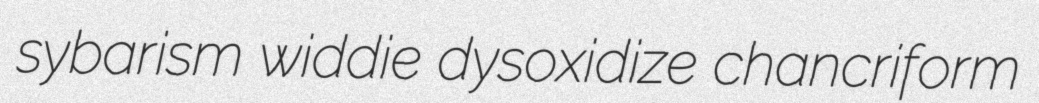
sybarism widdie dysoxidize chancriform